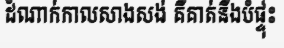
ដំណាក់កាលសាងសង់ គឺគាត់នឹងបំផ្ទុះ